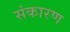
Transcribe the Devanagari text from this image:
संकारण